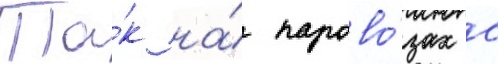
Та́к на́ парово́зах с